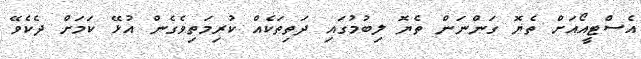
އެސްޓީއޯއަށް ތެޔޮ ގަންނަން ތެޔޮ ލިބުމުގައި ދަތިތަކެއް ކުރިމަތިވެގެން އުޅޭ ކަމަށް ދެކެވޭ